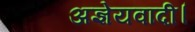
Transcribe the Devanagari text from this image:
अज्ञेयवादी।